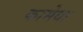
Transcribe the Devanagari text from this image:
कामेवा